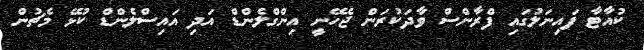
ކުއާޓާ ފައިނަލުގައި ފްރާންސް ވާދަކުރަން ޖެހޭނީ އިންގްލެންޑް އަދި އައިސްލެންޑް ކުޅޭ މެޗުން